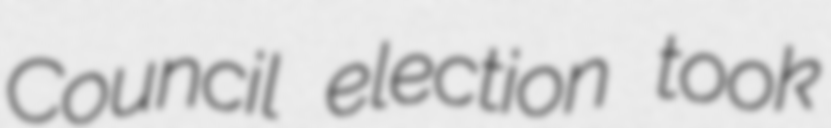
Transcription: Council election took